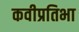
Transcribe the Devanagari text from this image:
कवीप्रतिभा